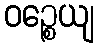
ဝဉ္စေယျ